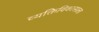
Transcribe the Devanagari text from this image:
व्यक्तिविकासाला